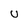
Character: U